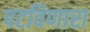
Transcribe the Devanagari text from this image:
पटविणारा